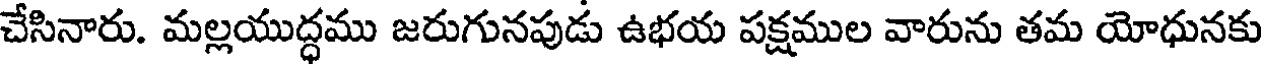
చేసినారు. మల్లయుద్ధము జరుగునపుడు ఉభయ పక్షముల వారును తమ యోధునకు